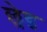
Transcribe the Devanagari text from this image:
छ़ेड